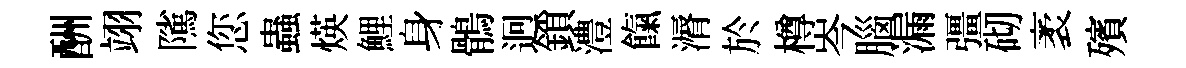
酬翊隲您蟲煐鯉身鶻迥鎖澧餼漘於樽岑腦漏彊砌袤殯